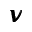
\pmb { \nu }